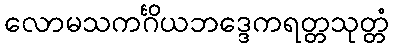
လောမသကင်္ဂိယဘဒ္ဒေကရတ္တသုတ္တံ